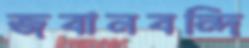
জবানবন্দি